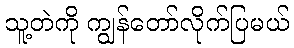
သူ့တဲကို ကျွန်တော်လိုက်ပြမယ်